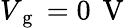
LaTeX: V_{\mathrm{~g~}}=0\, \mathrm{~V~}